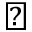
\vartriangle